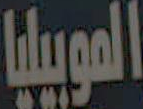
الموبيليا